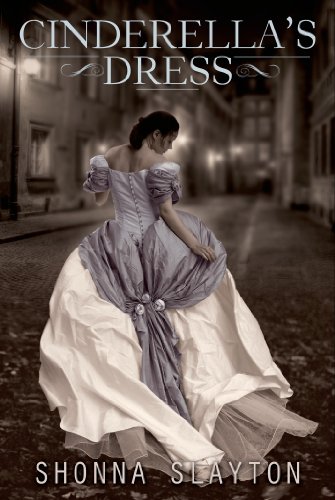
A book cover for Cinderella's Dress; Shonna Slayton; Teen & Young Adult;